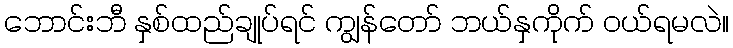
ဘောင်းဘီ နှစ်ထည်ချုပ်ရင် ကျွန်တော် ဘယ်နှကိုက် ဝယ်ရမလဲ။